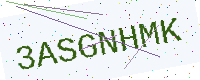
Text: 3ASGNHMK